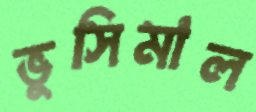
ভুসিমাল